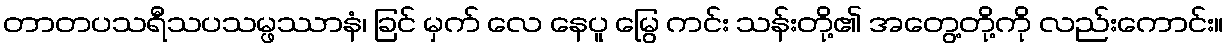
တာတပသရီသပသမ္ဖဿာနံ၊ ခြင် မှက် လေ နေပူ မြွေ ကင်း သန်းတို့၏ အတွေ့တို့ကို လည်းကောင်း။